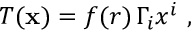
T ( { \bf x } ) = f ( r ) \, \Gamma _ { i } x ^ { i } ~ ,